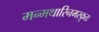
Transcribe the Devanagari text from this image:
मन्मथारिनमस्कृतः